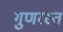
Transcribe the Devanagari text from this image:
गुणरस्त